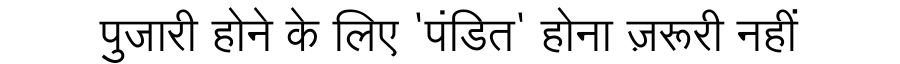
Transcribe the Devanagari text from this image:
पुजारी होने के लिए 'पंडित' होना ज़रूरी नहीं